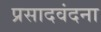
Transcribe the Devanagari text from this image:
प्रसादवंदना